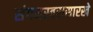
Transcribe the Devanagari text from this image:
संगमरवरासारखे